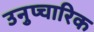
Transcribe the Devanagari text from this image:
उनुप्चारिक